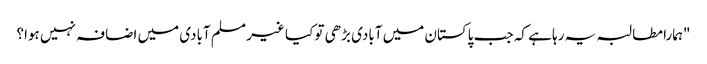
"ہمارا مطالبہ یہ رہا ہے کہ جب پاکستان میں آبادی بڑھی تو کیا غیر مسلم آبادی میں اضافہ نہیں ہوا؟